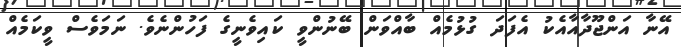
އޭނާ އަންޖޫދާއާއެކު އެފަދަ ގުޅުމެއް ބާއްވަން ބޭނުންވީ ކައިވެނީގެ ފަހުންނެވެ. ނަމަވެސް ވީކަމެއް